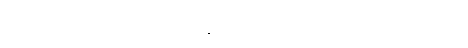
အရပ်အစရှိသည်၌ဖြစ်သောရူပါရုံတို့နှင့်။ ဝါ၊ အထူးထူးသော အရပ်။ အထူးထူးသော